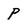
Character: p